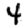
Digit: 4